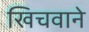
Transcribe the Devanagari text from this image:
खिचवाने